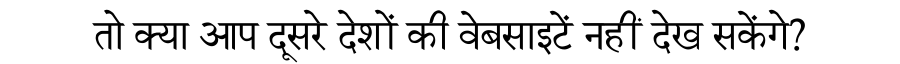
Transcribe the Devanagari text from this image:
तो क्या आप दूसरे देशों की वेबसाइटें नहीं देख सकेंगे?